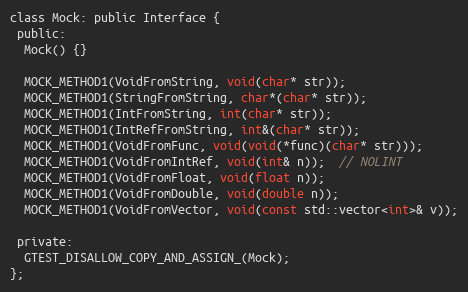
Language: C
class Mock: public Interface {
 public:
  Mock() {}

  MOCK_METHOD1(VoidFromString, void(char* str));
  MOCK_METHOD1(StringFromString, char*(char* str));
  MOCK_METHOD1(IntFromString, int(char* str));
  MOCK_METHOD1(IntRefFromString, int&(char* str));
  MOCK_METHOD1(VoidFromFunc, void(void(*func)(char* str)));
  MOCK_METHOD1(VoidFromIntRef, void(int& n));  // NOLINT
  MOCK_METHOD1(VoidFromFloat, void(float n));
  MOCK_METHOD1(VoidFromDouble, void(double n));
  MOCK_METHOD1(VoidFromVector, void(const std::vector<int>& v));

 private:
  GTEST_DISALLOW_COPY_AND_ASSIGN_(Mock);
};